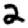
Digit: 2